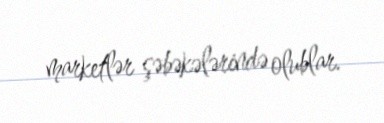
marketlər şəbəkələrində olublar.